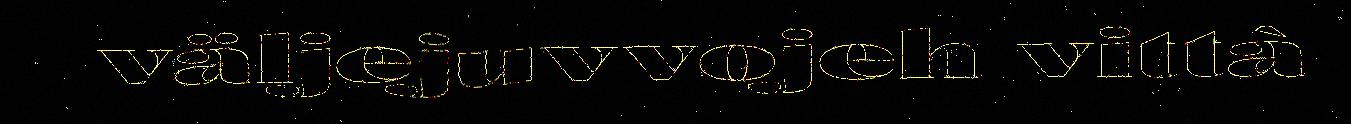
väljejuvvojeh vittâ